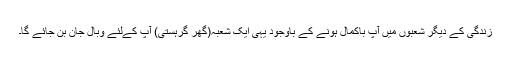
زندگی کے دیگر شعبوں میں آپ باکمال ہونے کے باوجود یہی ایک شعبہ(گھر گرہستی) آپ کےلئے وبالِ جان بن جائے گا۔